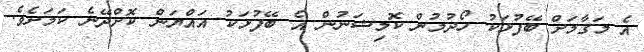
އެ މަގާމަށް ބޭފުޅަކު ހޯދުމުން ކޮމިޝަނުން އެ ބޭފުޅަކު އައްޔަން ކޮށްދޭނެ ކަމަށެވެ.